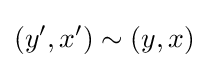
(y',x')\sim (y,x)